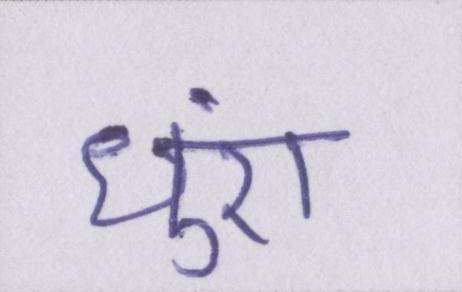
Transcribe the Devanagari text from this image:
धुएं